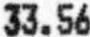
33.56